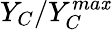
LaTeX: Y_{C}/Y_{{C}}^{ma\mathit{x}}